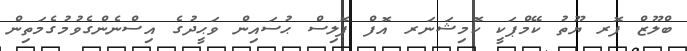
ބްލޫޒް ފޮރ ޔޫތު ކޭމްޕަކީ ކޮމިޝަނަރ އޮފް ޕޮލިސް ޙުސައިން ވަޙީދުގެ އިސްނެންގެވުމުގެމަތިން